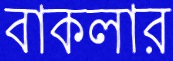
বাকলার